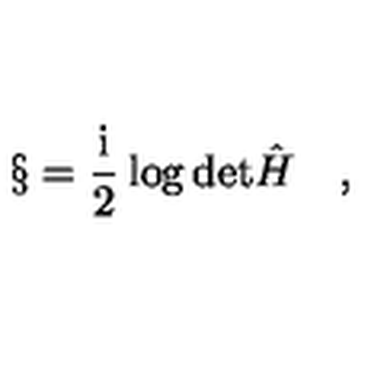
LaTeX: \S = \frac { \mathrm { i } } { 2 } \log \mathrm { d e t } { \hat { H } } \quad ,